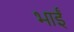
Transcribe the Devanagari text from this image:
भाईं